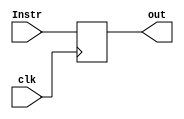
module IF_ID_Pipeline(
    output reg[31:0] out,
    input [31:0] Instr,
    input clk
);
always@(posedge clk)begin
    out <= Instr;
end
endmodule